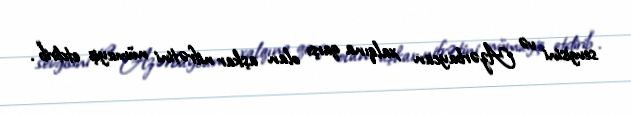
sevgisini və Azərbaycan xalqına qarşı olan aşkar nifrətini nümayiş etdirib“.